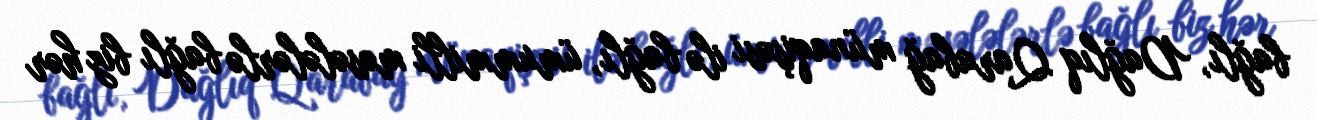
bağlı, Dağlıq Qarabağ münaqişəsi ilə bağlı, ümummilli məsələlərlə bağlı biz hər